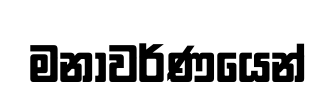
මනාවර්ණයෙන්